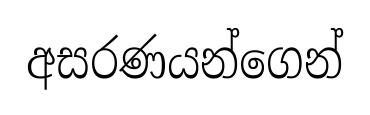
අසරණයන්ගෙන්